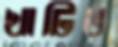
খাটিত